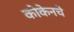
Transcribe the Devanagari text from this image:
कोकेनचे